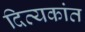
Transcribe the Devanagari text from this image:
दिव्यकांत